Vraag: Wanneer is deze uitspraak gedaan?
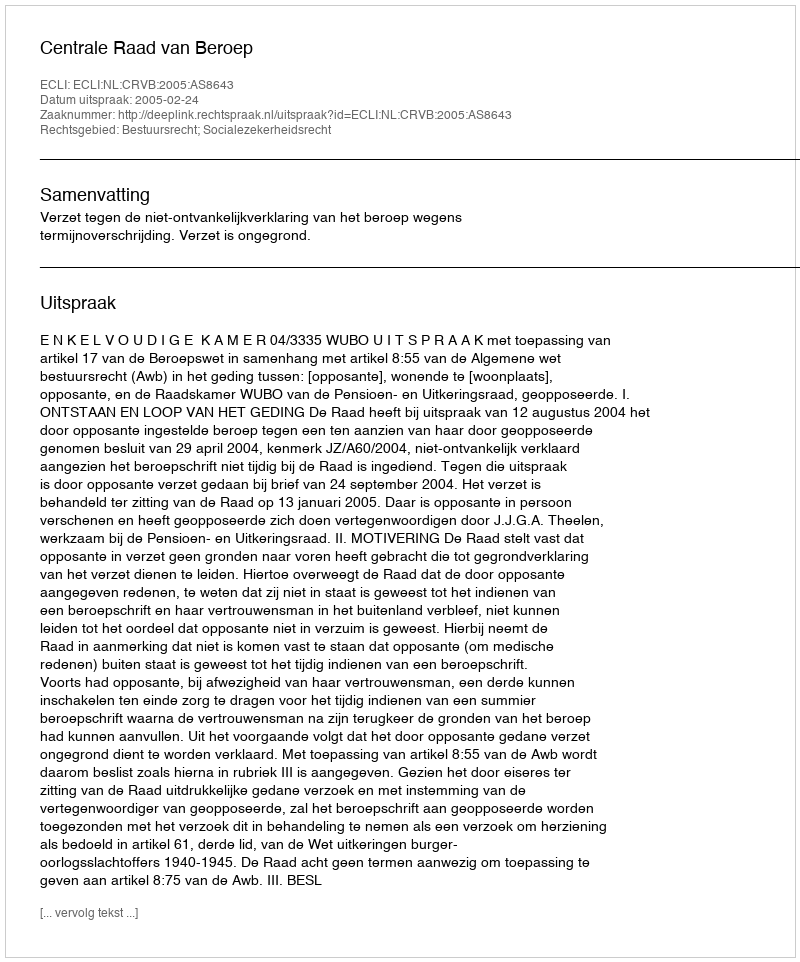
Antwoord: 2005-02-24